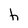
Character: h